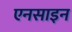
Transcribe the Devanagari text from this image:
एनसाइन